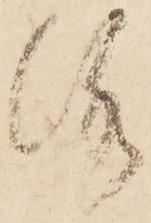
洛